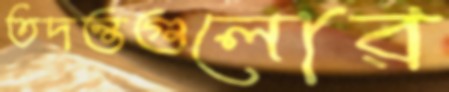
তদন্তগুলোর